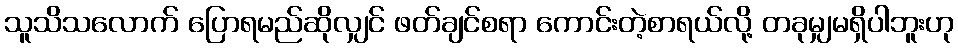
သူသိသလောက် ပြောရမည်ဆိုလျှင် ဖတ်ချင်စရာ ကောင်းတဲ့စာရယ်လို့ တခုမျှမရှိပါဘူးဟု